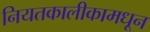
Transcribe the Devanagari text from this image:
नियतकालीकामधून